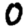
Digit: 0